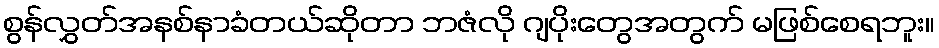
စွန်လွှတ်အနစ်နာခံတယ်ဆိုတာ ဘဇံလို ဂျပိုးတွေအတွက် မဖြစ်စေရဘူး။